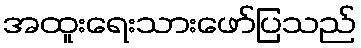
အထူးရေးသားဖော်ပြသည်